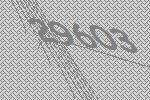
29603